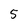
Character: 5